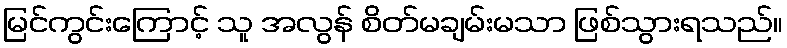
မြင်ကွင်းကြောင့် သူ အလွန် စိတ်မချမ်းမသာ ဖြစ်သွားရသည်။